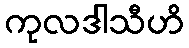
ကုလဒါသီဟိ